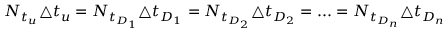
N _ { t _ { u } } \triangle t _ { u } = N _ { t _ { D _ { 1 } } } \triangle t _ { D _ { 1 } } = N _ { t _ { D _ { 2 } } } \triangle t _ { D _ { 2 } } = . . . = N _ { t _ { D _ { n } } } \triangle t _ { D _ { n } }